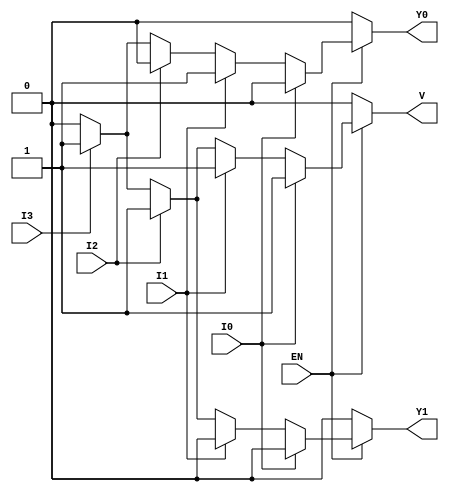
module priority_encoder (
    input wire EN,     // Enable signal
    input wire I0,    // Input 0 (highest priority)
    input wire I1,    // Input 1
    input wire I2,    // Input 2
    input wire I3,    // Input 3 (lowest priority)
    output reg Y1,    // Output bit 1
    output reg Y0,    // Output bit 0
    output reg V      // Valid output indicator
);

always @(*) begin
    // Initialize outputs to defined state
    Y1 = 1'b0; 
    Y0 = 1'b0; 
    V  = 1'b0; 

    if (EN) begin
        // Priority Encoding Logic
        if (I0) begin
            Y1 = 1'b0; 
            Y0 = 1'b0; 
            V  = 1'b1; 
        end else if (I1) begin
            Y1 = 1'b0; 
            Y0 = 1'b1; 
            V  = 1'b1; 
        end else if (I2) begin
            Y1 = 1'b1; 
            Y0 = 1'b0; 
            V  = 1'b1; 
        end else if (I3) begin
            Y1 = 1'b1; 
            Y0 = 1'b1; 
            V  = 1'b1; 
        end
    end
    // If EN is low, outputs are already set to defined state
end

endmodule